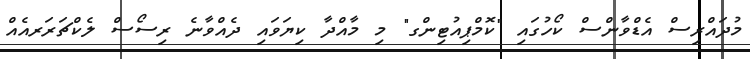
މުދައްރިސް އެޑްވާންސް ކޯހުގައި "ކޮމްޕިއުޓިންގ" މި މާއްދާ ކިޔަވައި ދެއްވާނެ ރިސޯސް ލެކްޗަރަރއެއް